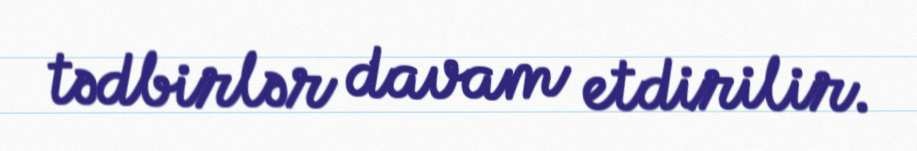
tədbirlər davam etdirilir.